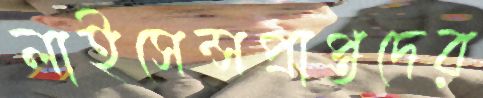
লাইসেন্সপ্রাপ্তদের